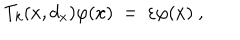
T _ { k } ( x , d _ { x } ) \varphi ( x ) \ = \ \varepsilon \varphi ( x ) \ ,